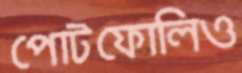
পোটফোলিও